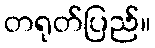
တရုတ်ပြည်။